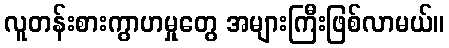
လူတန်းစားကွာဟမှုတွေ အများကြီးဖြစ်လာမယ်။